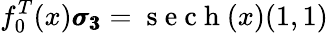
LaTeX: f_{0}^{T}(x)\pmb{\sigma_{3}}=\mathrm{~s~e~c~h~}(x)(1,1)